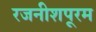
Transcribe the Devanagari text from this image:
रजनीशपूरम